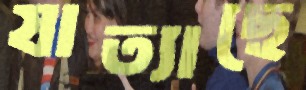
যাত্যাছে